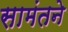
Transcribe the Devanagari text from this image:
सामंतने